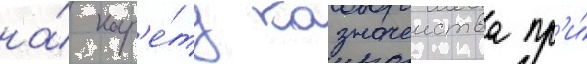
на́ кар'е́ту казначеиства пр'и́